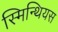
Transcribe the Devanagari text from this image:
स्मिन्थियस